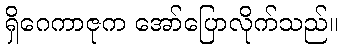
ရှိဂေကာဇုက အော်ပြောလိုက်သည်။